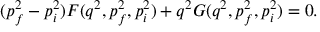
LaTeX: ( p _ { f } ^ { 2 } - p _ { i } ^ { 2 } ) F ( q ^ { 2 } , p _ { f } ^ { 2 } , p _ { i } ^ { 2 } ) + q ^ { 2 } G ( q ^ { 2 } , p _ { f } ^ { 2 } , p _ { i } ^ { 2 } ) = 0 .